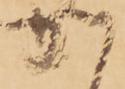
か